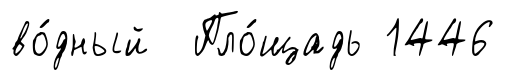
во́дный Пло́щадь 1446